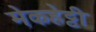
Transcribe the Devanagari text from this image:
मेकहेट्टी